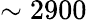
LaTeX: \sim 2900